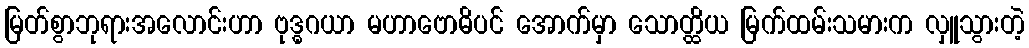
မြတ်စွာဘုရားအလောင်းဟာ ဗုဒ္ဓဂယာ မဟာဗောဓိပင် အောက်မှာ သောတ္ထိယ မြက်ထမ်းသမားက လှူသွားတဲ့